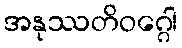
အနုဿတိဝဂ္ဂေါ